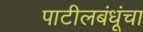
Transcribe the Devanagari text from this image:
पाटीलबंधूंचा